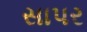
સાપર